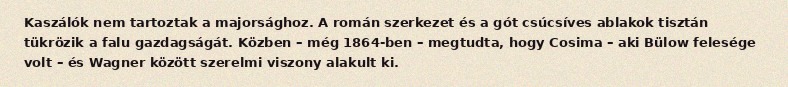
Kaszálók nem tartoztak a majorsághoz. A román szerkezet és a gót csúcsíves ablakok tisztán tükrözik a falu gazdagságát. Közben – még 1864-ben – megtudta, hogy Cosima – aki Bülow felesége volt – és Wagner között szerelmi viszony alakult ki.